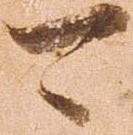
可